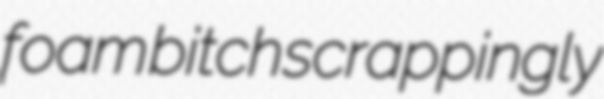
foam bitch scrappingly